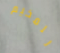
للمخيم